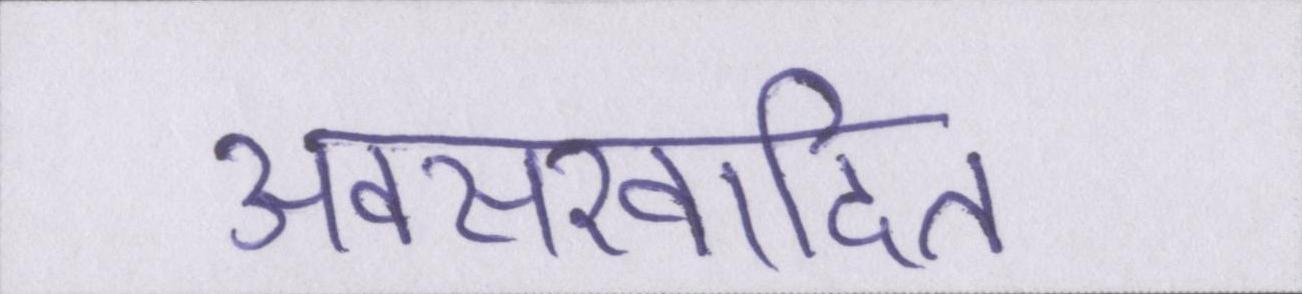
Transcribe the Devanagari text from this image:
अवसरवादित